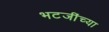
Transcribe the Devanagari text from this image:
भटजींच्या